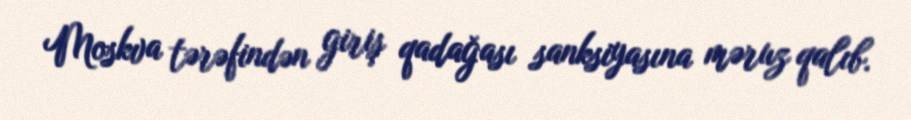
Moskva tərəfindən giriş qadağası sanksiyasına məruz qalıb.